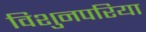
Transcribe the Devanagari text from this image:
विशुनपरिया